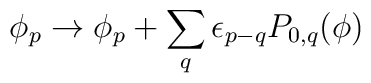
\phi_p\rightarrow\phi_p+\sum_q\epsilon_{p-q}P_{0,q}(\phi)